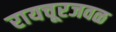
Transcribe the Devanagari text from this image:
रायचूरजवळ